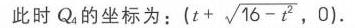
此时 \(Q_{4}\)的坐标为：\(\left(t + \sqrt{16 - t^{2}},0\right)\)